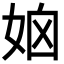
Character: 𡜧